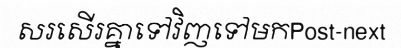
សរសើរគ្នាទៅវិញទៅមកPost-next